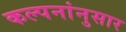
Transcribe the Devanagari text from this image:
कल्पनांनुसार